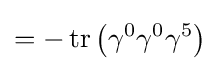
=-\operatorname {tr} \left(\gamma ^{0}\gamma ^{0}\gamma ^{5}\right)